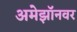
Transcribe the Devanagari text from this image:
अमेझॉनवर